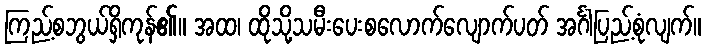
ကြည့်စဘွယ်ရှိကုန်၏။ အထ၊ ထိုသို့သမီးပေးစလောက်လျောက်ပတ် အင်္ဂါပြည့်စုံလျက်။